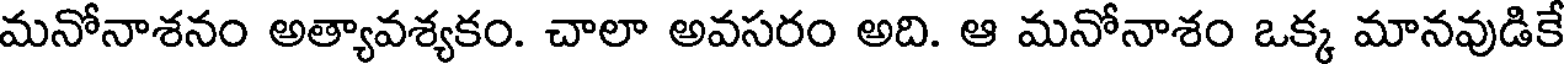
మనోనాశనం అత్యావశ్యకం. చాలా అవసరం అది. ఆ మనోనాశం ఒక్క మానవుడికే